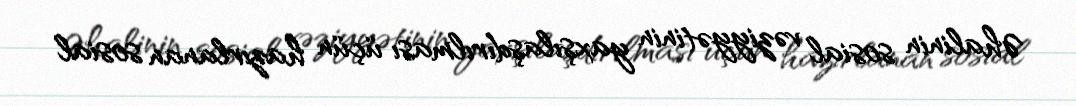
Əhalinin sosial vəziyyətinin yaxşılaşdırılması üçün hazırlanan sosial